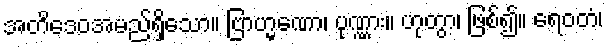
အတိဒေဝအမည်ရှိသော။ ဗြာဟ္မဏော၊ ပုဏ္ဏား။ ဟုတွာ၊ ဖြစ်၍။ ရေဝတံ၊